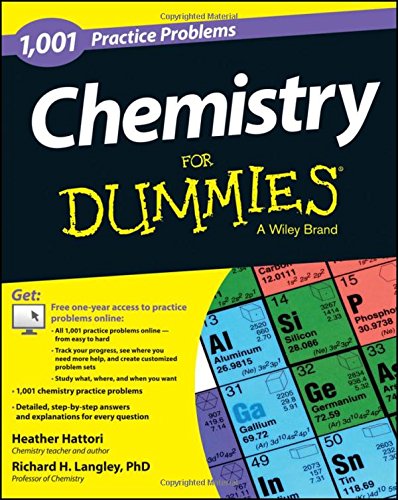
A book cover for Chemistry: 1,001 Practice Problems For Dummies (+ Free Online Practice) (For Dummies (Math & Science)); Heather Hattori; Science & Math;